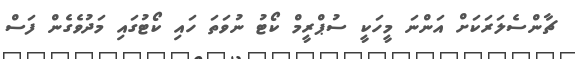
ޗާންސެލަރަކަށް އަންނަ މީހަކީ ސުޕްރީމް ކޯޓު ނުވަތަ ހައި ކޯޓުގައި މަދުވެގެން ފަސް